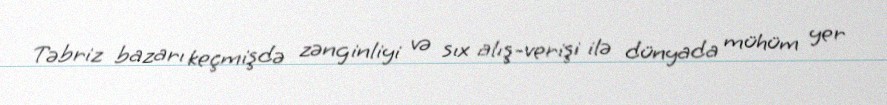
Təbriz bazarı keçmişdə zənginliyi və sıx alış-verişi ilə dünyada mühüm yer